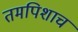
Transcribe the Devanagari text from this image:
तमपिशाच